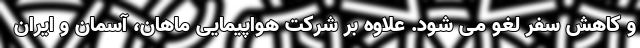
و کاهش سفر لغو می شود. علاوه بر شرکت هواپیمایی ماهان، آسمان و ایران